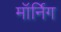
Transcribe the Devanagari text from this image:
मॉर्निग